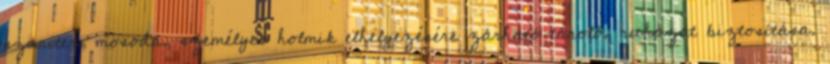
szaniter, mosoda, személyes holmik elhelyezésére zárható tároló, ruházat biztosítása.